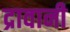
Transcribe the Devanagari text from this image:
द्रावानी